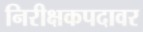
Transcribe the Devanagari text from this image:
निरीक्षकपदावर